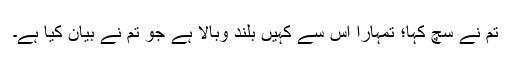
تم نے سچ کہا؛ تمہارا اس سے کہیں بلند وبالا ہے جو تم نے بیان کیا ہے۔